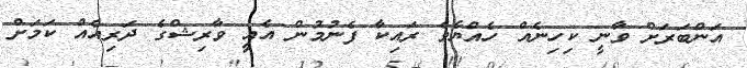
އަންބަރަށް ވާނީ ކިހިނެއް ހެއްޔެވެ ރައިކާ ފެނުމުން އެއީ ވާރިޝްގެ ދަރިއެއް ކަމަށް